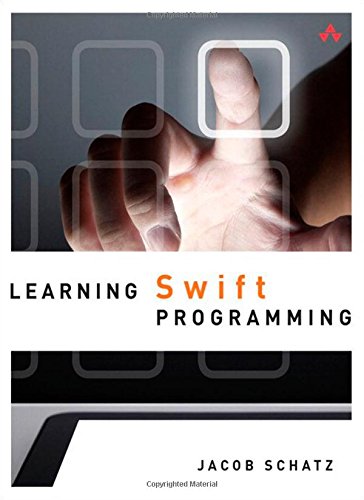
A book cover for Learning Swift Programming; Jacob Schatz; Computers & Technology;